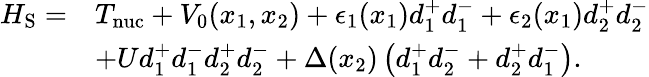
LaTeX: \begin{array}{rl}{H_{\mathrm{S}}=}&{T_{\mathrm{nuc}}+V_{0}(x_{1},x_{2})+\epsilon_{1}(x_{1})d_{1}^{+}d_{1}^{-}+\epsilon_{2}(x_{1})d_{2}^{+}d_{2}^{-}}\\ &{+Ud_{1}^{+}d_{1}^{-}d_{2}^{+}d_{2}^{-}+\Delta(x_{2})\left(d_{1}^{+}d_{2}^{-}+d_{2}^{+}d_{1}^{-}\right).}\end{array}